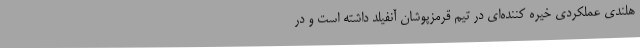
هلندی عملکردی خیره کننده‌ای در تیم قرمزپوشان آنفیلد داشته است و در